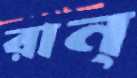
রান্